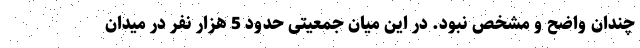
چندان واضح و مشخص نبود. در این میان جمعیتی حدود 5 هزار نفر در میدان